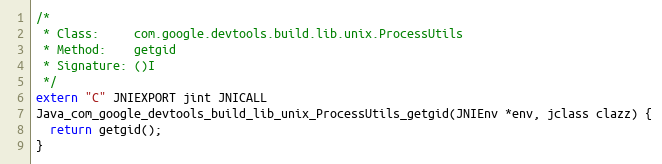
Language: C++
/*
 * Class:     com.google.devtools.build.lib.unix.ProcessUtils
 * Method:    getgid
 * Signature: ()I
 */
extern "C" JNIEXPORT jint JNICALL
Java_com_google_devtools_build_lib_unix_ProcessUtils_getgid(JNIEnv *env, jclass clazz) {
  return getgid();
}